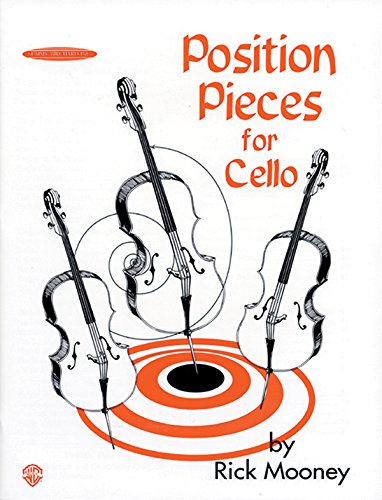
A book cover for Position Pieces for Cello; Rick Mooney; Arts & Photography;